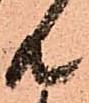
共